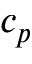
c _ { p }